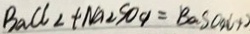
B a C l _ { 2 } + N a _ { 2 } S O _ { 4 } = B a S O _ { 4 } C + 2